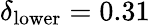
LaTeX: \delta_{\mathrm{lower}}=0.31